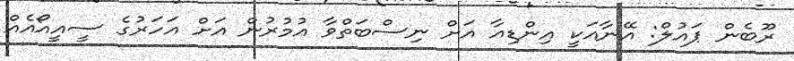
ރޫބެން ޕައުލް: އޭނާއަކީ އިންޑިއާ އަށް ނިސްބަތްްވާ އުމުރުން އަށް އަހަރުގެ ސީއީއޯއެއް